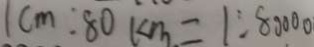
1 c m : 8 0 k m = 1 : 8 0 0 0 0